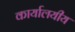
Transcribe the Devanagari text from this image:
कार्यालयीय